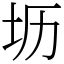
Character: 坜